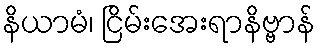
နိယာမံ၊ ငြိမ်းအေးရာနိဗ္ဗာန်